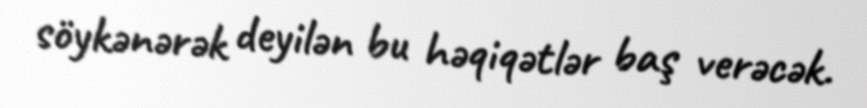
söykənərək deyilən bu həqiqətlər baş verəcək.